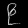
Digit: ၉